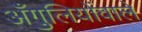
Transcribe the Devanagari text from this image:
अँगुलियोंवाले